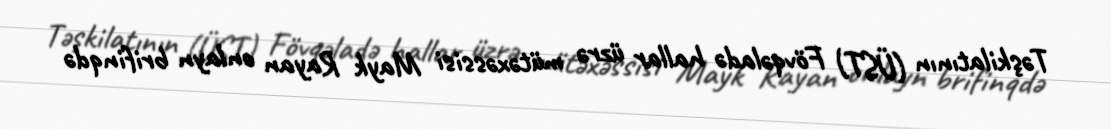
Təşkilatının (ÜST) Fövqəladə hallar üzrə mütəxəssisi Mayk Rayan onlayn brifinqdə